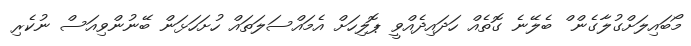
މޯބައިލަށްގުލާގެން ް ބެލޭނެ ގޮތެއް ހަދައިދެއްވީ ޕޮލިހަށް އެމައްސަލަތައް ހުށަހަޅަން ބޭނުންވިއަސް ނުކެރި